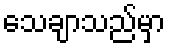
သေချာသည်မှာ